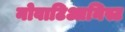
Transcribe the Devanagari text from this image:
नोवाटिआनिस्ट